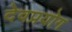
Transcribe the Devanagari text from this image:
देवप्रयोग